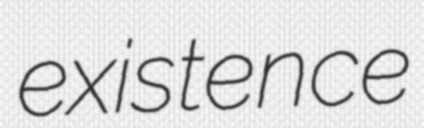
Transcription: existence